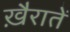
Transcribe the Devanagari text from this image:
ख़ैरातें